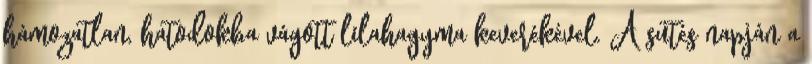
hámozatlan, hatodokba vágott lilahagyma keverékével. A sütés napján a